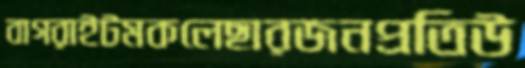
বাগরাইটমকলেছারজনপ্রতিউ